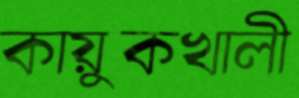
কায়ুকখালী